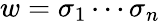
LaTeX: w=\sigma_{1}\cdots\sigma_{n}